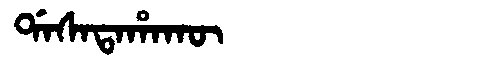
Manchu: ᡩᠠᠰᠠᡨᠠᡥᠠᡴᡡ
Romanization: DASATAHAKŪ